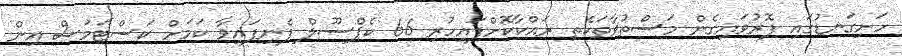
ހަށިގަނޑުގައި ފޮރުވައިގެން މަސްތުވާތަކެތި ރައްކާކޮށްފައިހުރި 66 ކެޕްސޫލް ފެނިފައިވާ ކަމަށް ކަސްޓަމަސް އިން